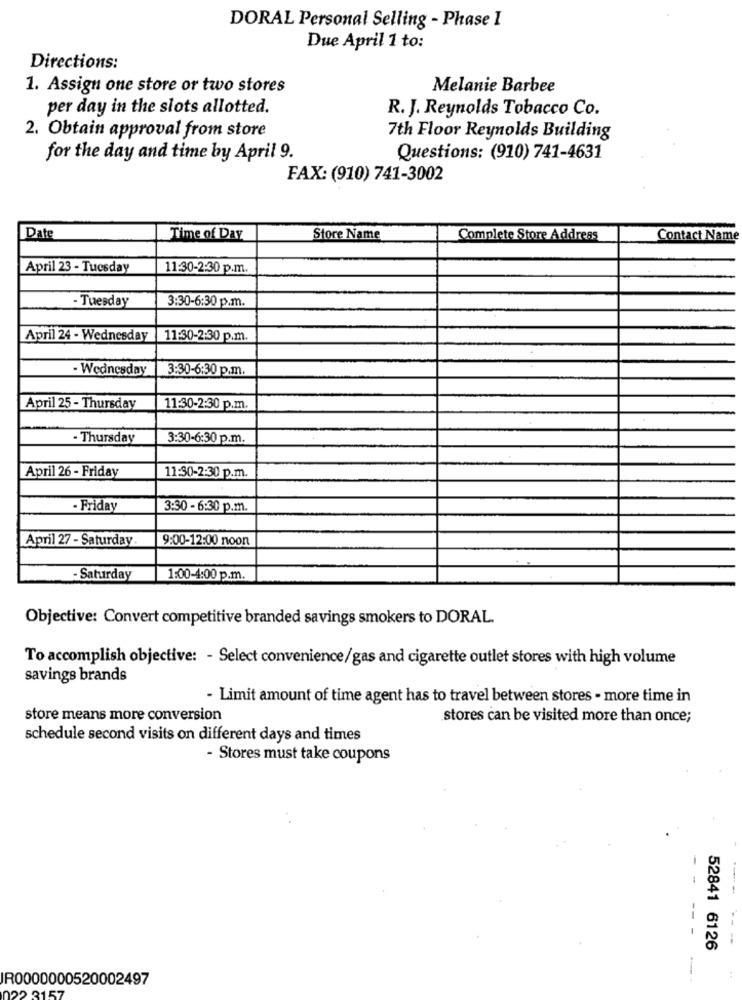
DORAL Personal Selling - Phase I
Due April 1 to:
Directions:
1. Assign one store or two stores
Melanie Barbee
per day in the slots allotted.
R. J. Reynolds Tobacco Co.
2. Obtain approval from store
7th Floor Reynolds Building
for the day and time by April 9.
Questions: (910) 741-4631
FAX: (910) 741-3002
Date
Time of Day
Store Name
Complete Store Address
Contact Name
April 23 - Tuesday
11:30-2:30 p.m.
3:30-6:30 p.m.
- Tuesday
April 24 - Wednesday 11:30-2:30 p.m.
- Wednesday
3:30-6:30 p.m.
April 25 - Thursday
11:30-2:30 p.m.
- Thursday
3:30-6:30 p.m.
April 26 - Friday
11:50-2:30 p.m.
- Friday
3:30 - 6:30 p.m.
April 27 - Saturday
9:00-12:00 noon
-Saturday
1:00-4:00 p.m.
Objective: Convert competitive branded savings smokers to DORAL.
To accomplish objective: - Select convenience/gas and cigarette outlet stores with high volume
savings brands
- Limit amount of time agent has to travel between stores - more time in
store means more conversion
stores can be visited more than once;
schedule second visits on different days and times
- Stores must take coupons
-
-- -
52841 6126
R0000000520002497
22 3157